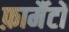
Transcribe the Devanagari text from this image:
फ़ार्मैटों